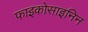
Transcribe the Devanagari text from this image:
फाइकोसाइनिन